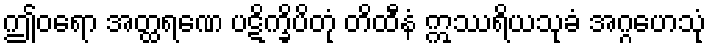
ဤဝရော အတ္ထရဏေ ပဋိက္ခိပိတုံ တိထီနံ ဣဿရိယသုခံ အဂ္ဂဟေသုံ